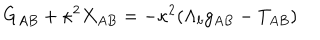
G _ { A B } + \kappa ^ { 2 } X _ { A B } = - \kappa ^ { 2 } ( \Lambda _ { b } g _ { A B } - T _ { A B } )